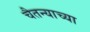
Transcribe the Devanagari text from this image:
चैतन्याच्या